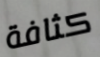
كثافة